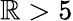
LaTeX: \mathbb{R}>5